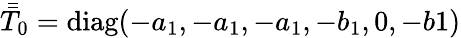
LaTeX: \bar{\bar{T}}_{0}=\mathrm{diag}(-a_{1},-a_{1},-a_{1},-b_{1},0,-b1)